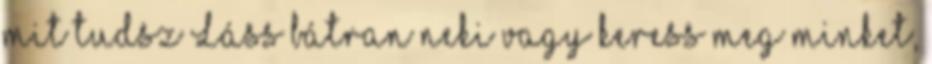
mit tudsz Láss bátran neki vagy keress meg minket,